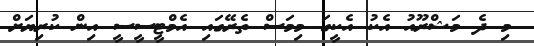
މި ދެ މަޝްރޫއު އެކު އެކީގަ މިމަސް ތެރޭގައި އެމްޓީސީސީ އިން ކުރިޔަށް